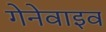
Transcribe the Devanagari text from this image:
गेनेवाइव